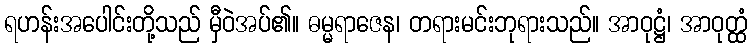
ရဟန်းအပေါင်းတို့သည် မှီဝဲအပ်၏။ ဓမ္မရာဇေန၊ တရားမင်းဘုရားသည်။ အာဝုဋ္ဌံ၊ အာဝုတ္ထံ